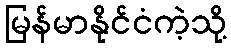
မြန်မာနိုင်ငံကဲ့သို့